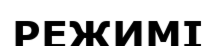
РЕЖИМІ